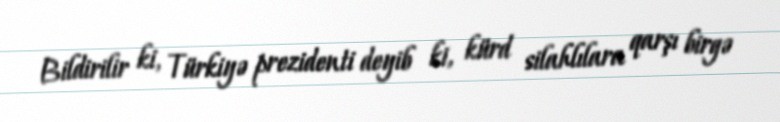
Bildirilir ki, Türkiyə prezidenti deyib ki, kürd silahlılara qarşı birgə